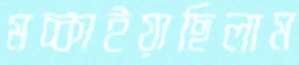
মচ্‌কাইয়াছিলাম